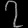
Digit: ၇